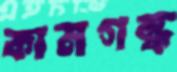
কামগন্ধ